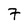
Character: 7